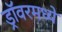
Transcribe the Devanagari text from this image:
ड्रॉवरमध्ये